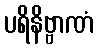
ပရိနိဗ္ဗာဏံ